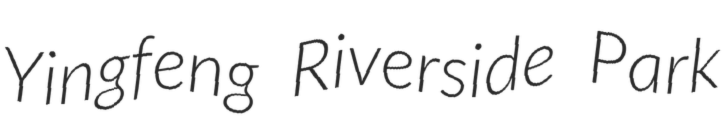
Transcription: Yingfeng Riverside Park